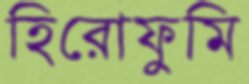
হিরোফুমি